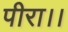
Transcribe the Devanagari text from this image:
पीरा।।